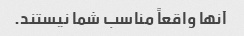
آنها واقعاً مناسب شما نیستند.